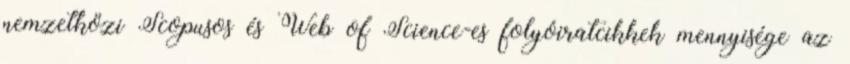
nemzetközi Scopusos és Web of Science-es folyóiratcikkek mennyisége az